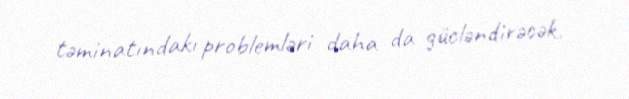
təminatındakı problemləri daha da gücləndirəcək.